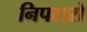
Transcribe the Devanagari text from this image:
निपटारो